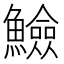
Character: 䲓